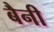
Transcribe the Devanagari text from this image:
बैनी